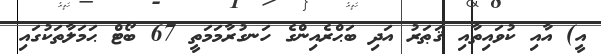
އީ) އާއި ކުވައިތާއި ޤަޠަރު އަދި ބަޙްރެއިންގެ ހަނގުރާމަމަތީ 67 ބޯޓް ޙަމަލާތަކުގައި